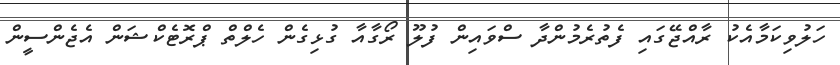
ހަލުވިކަމާއެކު ރާއްޖޭގައި ފެތުރެމުންދާ ސްވައިން ފުލޫ ރޯގާއާ ގުޅިގެން ހެލްތް ޕްރޮޓެކްޝަން އެޖެންސީން